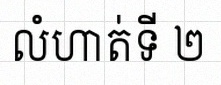
លំហាត់ទី ២